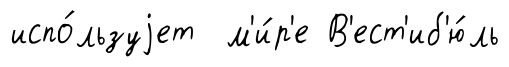
испо́льзуjет м'и́р'е В'ест'иб'ю́ль